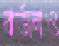
বর্জনও